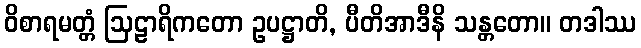
ဝိစာရမတ္တံ ဩဠာရိကတော ဥပဋ္ဌာတိ, ပီတိအာဒီနိ သန္တတော။ တဒါဿ